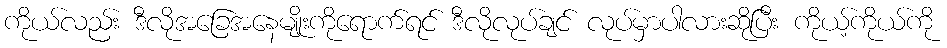
ကိုယ်လည်း ဒီလိုအခြေအနေမျိုးကိုရောက်ရင် ဒီလိုလုပ်ချင် လုပ်မှာပါလားဆိုပြီး ကိုယ့်ကိုယ်ကို